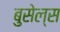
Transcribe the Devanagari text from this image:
बुसेल्स